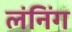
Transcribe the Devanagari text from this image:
लंनिंग